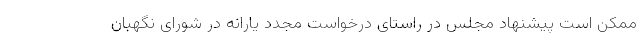
ممکن است پیشنهاد مجلس در راستای درخواست مجدد یارانه در شورای نگهبان